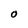
Character: O